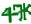
Text: 47K